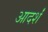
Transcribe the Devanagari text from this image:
आदर्शं